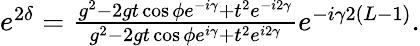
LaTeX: \begin{array}{r}{e^{2\delta}=\frac{g^{2}-2gt\cos\phi e^{-i\gamma}+t^{2}e^{-i2\gamma}}{g^{2}-2gt\cos\phi e^{i\gamma}+t^{2}e^{i2\gamma}}e^{-i\gamma 2(L-1)}.}\end{array}